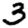
Digit: 3